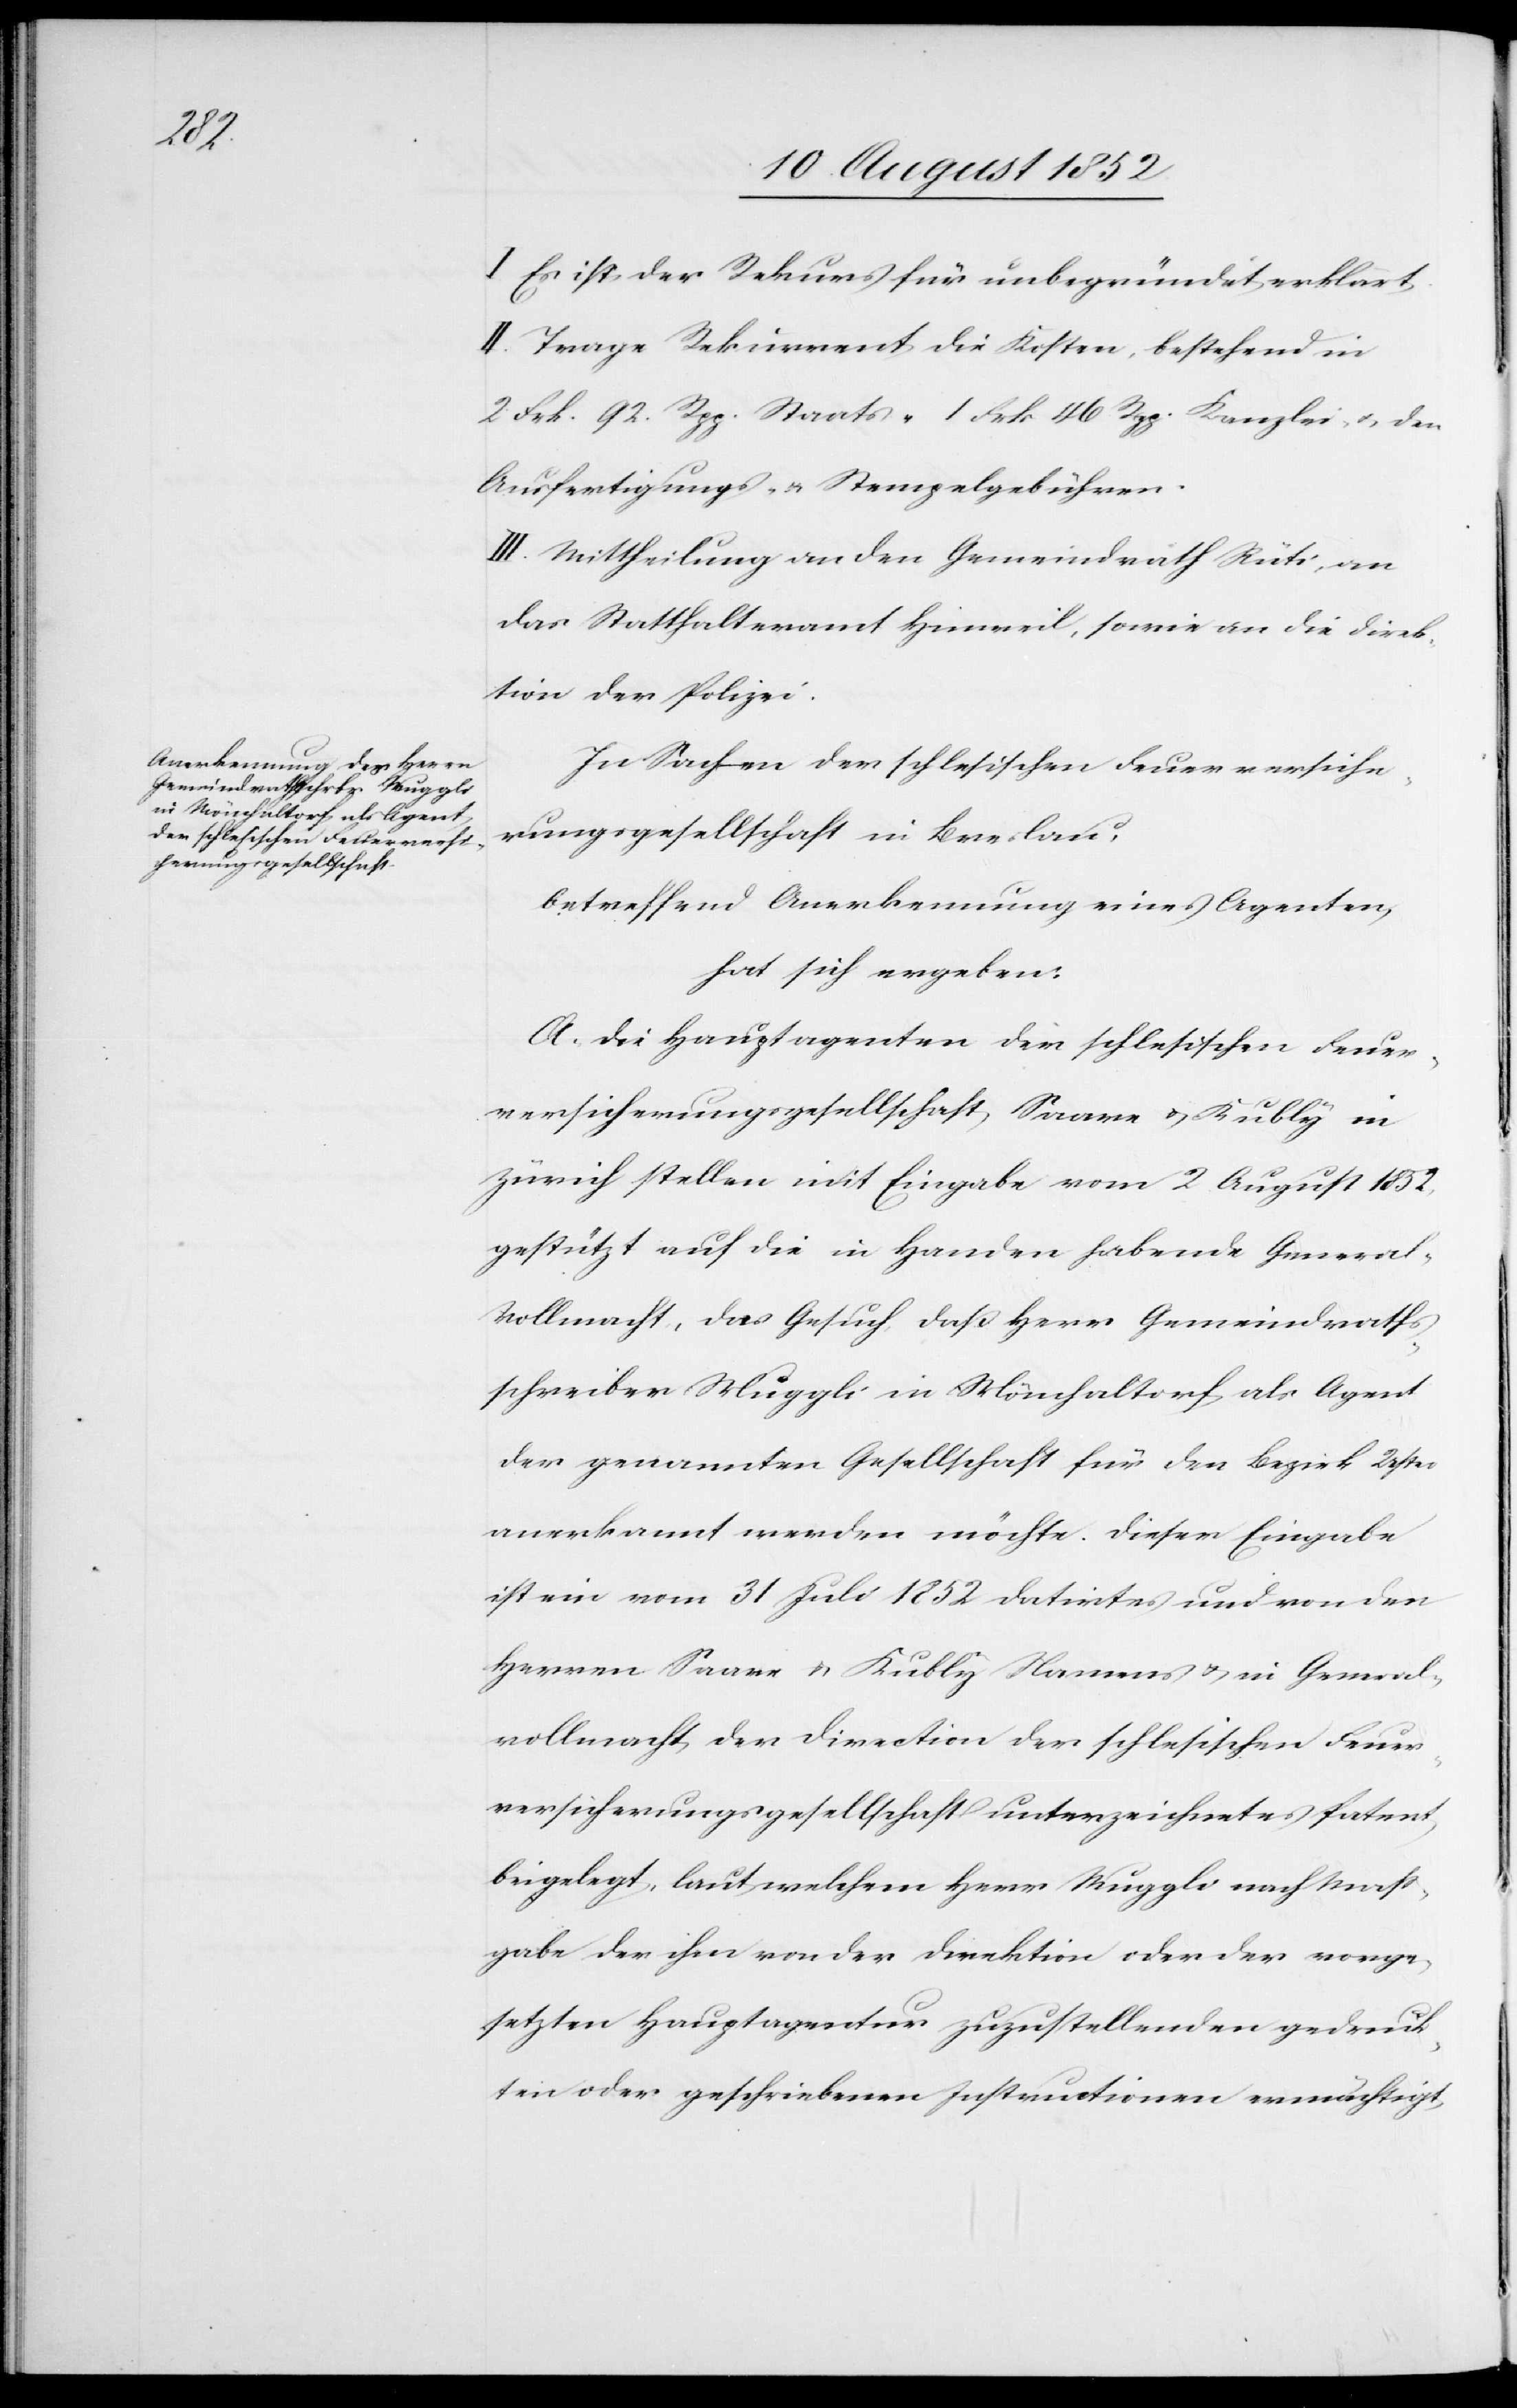
I Es ist der Rekurs für unbegründet erklärt.
II. Trage Rekurrent die Kosten, bestehend in
2 Frk. 92. Rpp. Staats-[,] 1 Frk 46 Rpp. Kanzlei- & den
Ausfertigungs- & Stempelgebühren.
III. Mittheilung an den Gemeindrath Rüti, an
das Statthalteramt Hinweil, sowie an die Direk¬
tion der Polizei.
In Sachen der schlesischen Feuerversiche¬
rungsgesellschaft in Breslau,
betreffend Anerkennung eines Agenten,
hat sich ergeben:
A. Die Hauptagenten der schlesischen Feuer¬
versicherungsgesellschaft Saare & Kubly in
Zürich stellen mit Eingabe vom 2 August 1852,
gestützt auf die in Handen habende General-V¬
ollmacht, das Gesuch, daß Herr Gemeindraths¬
schreiber Muggli in Mönchaltorf als Agent
der genannten Gesellschaft für den Bezirk Uster
anerkannt werden möchte. Dieser Eingabe
ist ein vom 31 Juli 1852 datirtes und von den
Herren Saare & Kubly Namens & in General¬
vollmacht der Direction der schlesischen Feuer¬
versicherungsgesellschaft unterzeichnetes Patent
beigelegt, laut welchem Herr Muggli nach Mass¬
gabe der ihm von der Direktion oder der vorge¬
setzten Hauptagentur zuzustellenden gedruck¬
ten oder geschriebenen Instructionen ermächtigt